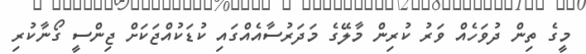
މީގެ ތިން ދުވަހެއް ވަރު ކުރިން މާލޭގެ މަދަރުސާއެއްގައި ކުޑަކުއްޖަކަށް ޖިންސީ ގޯނާކުރި